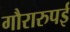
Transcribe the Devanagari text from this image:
गौरारुपई